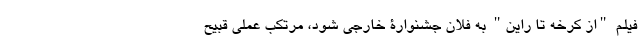
فیلم "از کرخه تا راین" به فلان جشنوارۀ خارجی شود، مرتکب عملی قبیح